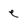
Character: e